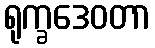
ရုက္ခဒေဝတာ